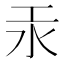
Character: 汞